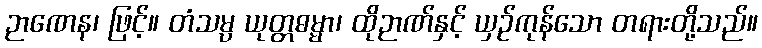
ဉာဏေန၊ ဖြင့်။ တံသမ္ပ ယုတ္တဓမ္မာ၊ ထိုဉာဏ်နှင့် ယှဉ်ကုန်သော တရားတို့သည်။